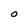
Character: O